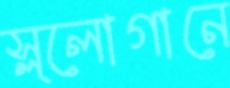
স্ল্লোগানে